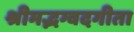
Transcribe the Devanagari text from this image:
श्रीमद्भग्वदगीता